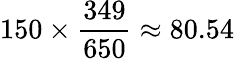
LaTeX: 150\times{\frac{349}{650}}\approx 80.54